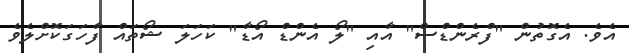
އެވެ. އެގޮތުން "ފްރެންޑްސް" އާއި "ލޯ އެންޑް އޯޑާ" ކަހަލަ ޝޯތައް ފާހަގަކޮށްލެވެ